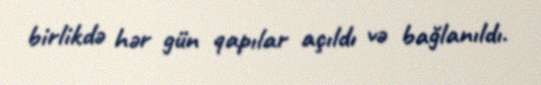
birlikdə hər gün qapılar açıldı və bağlanıldı.